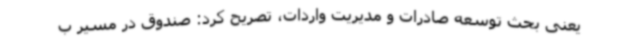
یعنی بحث توسعه صادرات و مدیریت واردات، تصریح کرد: صندوق در مسیر ب